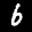
Label: 6